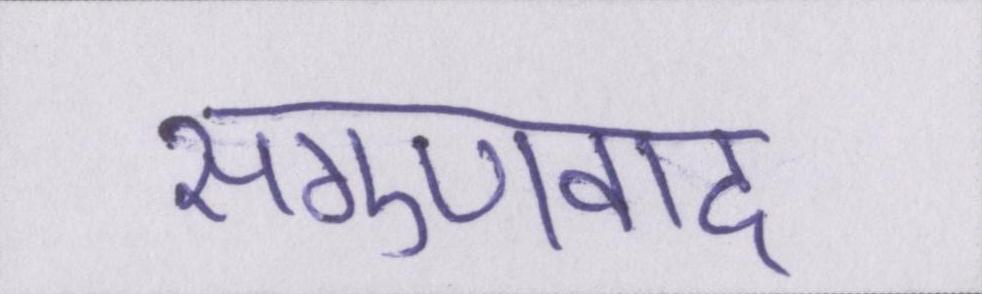
सगुणवाद